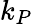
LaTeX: k_{P}